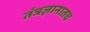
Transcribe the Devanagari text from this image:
तंत्रज्ञानातच